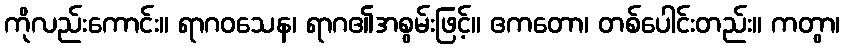
ကိုလည်းကောင်း။ ရာဂဝသေန၊ ရာဂ၏အစွမ်းဖြင့်။ ဧကတော၊ တစ်ပေါင်းတည်း။ ကတွာ၊